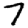
Digit: 7